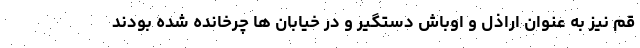
قم نیز به عنوان اراذل و اوباش دستگیر و در خیابان ها چرخانده شده بودند